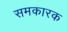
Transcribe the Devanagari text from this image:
समकारक